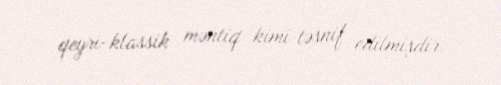
qeyri-klassik məntiq kimi təsnif edilmişdir.